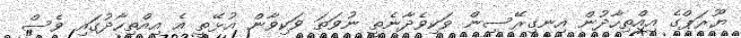
ޔޫރަޕްގެ އިއްތިހާދުން އިނގިރޭސިން ވަކިވެދާނެތީ ނުވަތަ ވަކިވާން އުޅޭތީ އެ އިއްތިހާދުގައި ވެސް